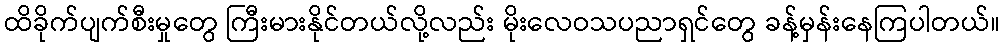
ထိခိုက်ပျက်စီးမှုတွေ ကြီးမားနိုင်တယ်လို့လည်း မိုးလေဝသပညာရှင်တွေ ခန့်မှန်းနေကြပါတယ်။